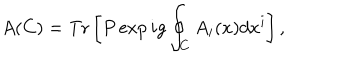
LaTeX: A ( C ) = \mathrm { T r } \left[ P \exp i g \oint _ { C } A _ { i } ( x ) d x ^ { i } \right] ,